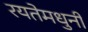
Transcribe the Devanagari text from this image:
रयतेमधुनी